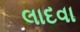
લાદવા